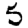
Digit: 5